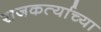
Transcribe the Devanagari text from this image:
राजकर्त्याच्या